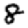
Digit: 8